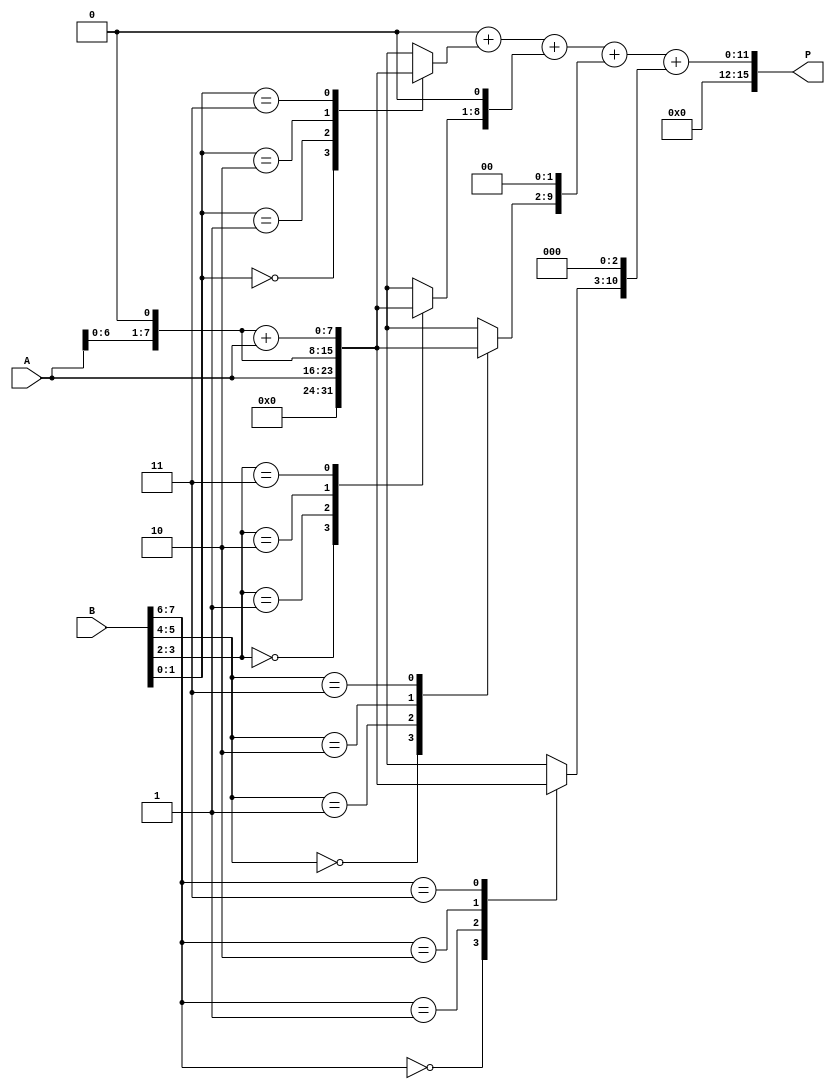
module radix4_multiplier #(parameter N = 8) (
    input  [N-1:0] A,          // Multiplicand
    input  [N-1:0] B,          // Multiplier
    output reg [2*N-1:0] P     // Product
);

    reg [N-1:0] PP [0:N/2-1];   // Partial Products
    reg [N-1:0] temp_A;         // Temporary shifted multiplicand
    integer i;

    always @(*) begin
        // Initialize Partial Products to zero
        for (i = 0; i < N/2; i = i + 1) begin
            PP[i] = 0;
        end
        
        // Process each pair of bits in B
        for (i = 0; i < N/2; i = i + 1) begin
            case (B[2*i +: 2]) // Select two bits
                2'b00: PP[i] = 0;
                2'b01: PP[i] = A;
                2'b10: PP[i] = A << 1; // A shifted left by 1
                2'b11: PP[i] = (A << 1) + A; // (A shifted left by 1) + A
            endcase
        end

        // Accumulate Partials
        P = 0;
        for (i = 0; i < N/2; i = i + 1) begin
            P = P + (PP[i] << (i * 1)); // Shift according to the group index
        end
    end
endmodule